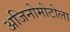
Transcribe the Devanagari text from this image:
अजिनोमोटोला